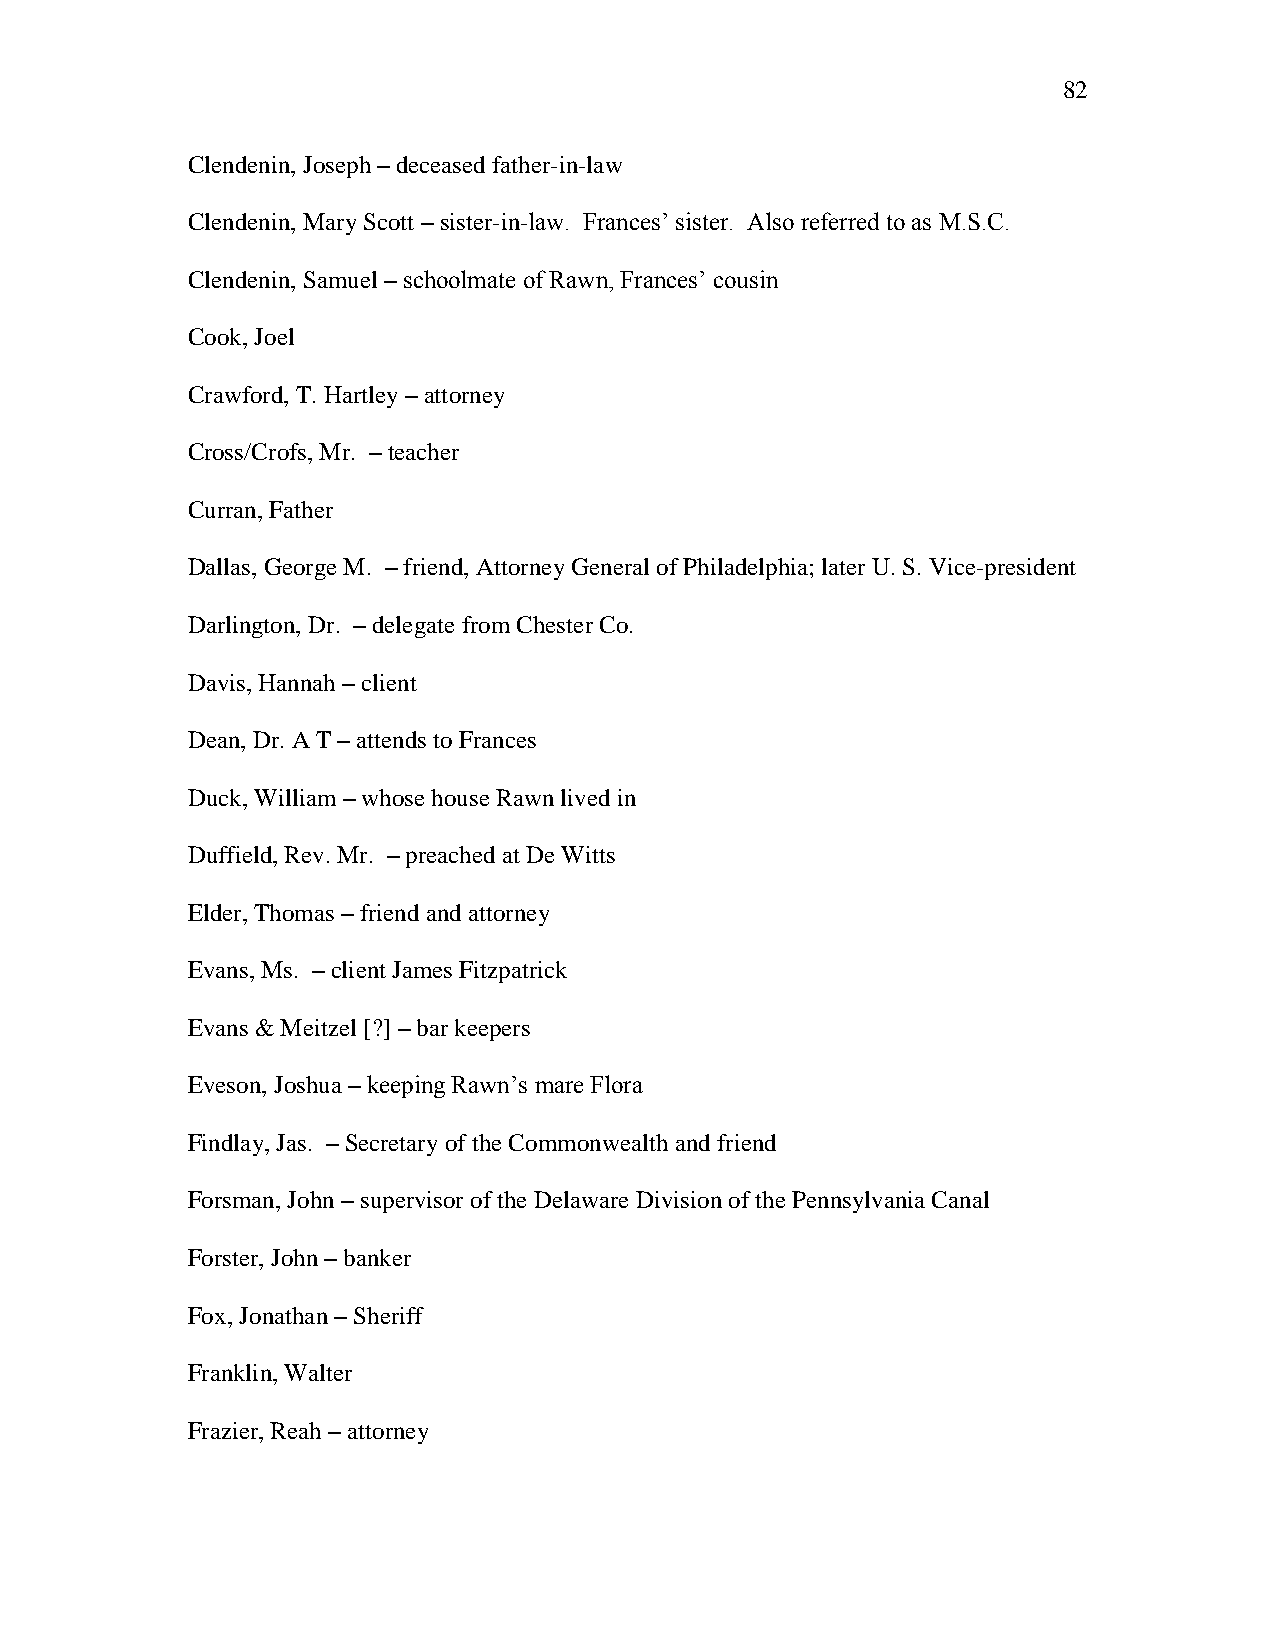
82
 Clendenin, Joseph – deceased father-in-law
 Clendenin, Mary Scott – sister-in-law. Frances‘ sister. Also referred to as M.S.C.
 Clendenin, Samuel – schoolmate of Rawn, Frances‘ cousin
 Cook, Joel
 Crawford, T. Hartley – attorney
 Cross/Crofs, Mr. – teacher
 Curran, Father
 Dallas, George M. – friend, Attorney General of Philadelphia; later U. S. Vice-president
 Darlington, Dr. – delegate from Chester Co.
 Davis, Hannah – client
 Dean, Dr. A T – attends to Frances
 Duck, William – whose house Rawn lived in
 Duffield, Rev. Mr. – preached at De Witts
 Elder, Thomas – friend and attorney
 Evans, Ms. – client James Fitzpatrick
 Evans & Meitzel [?] – bar keepers
 Eveson, Joshua – keeping Rawn‘s mare Flora
 Findlay, Jas. – Secretary of the Commonwealth and friend
 Forsman, John – supervisor of the Delaware Division of the Pennsylvania Canal
 Forster, John – banker
 Fox, Jonathan – Sheriff
 Franklin, Walter
 Frazier, Reah – attorney